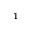
^ { 1 }